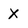
Character: X